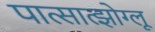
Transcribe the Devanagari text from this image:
पात्सात्झोग्लू